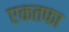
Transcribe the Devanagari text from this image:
एकतफा